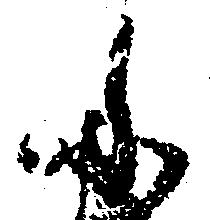
ふ